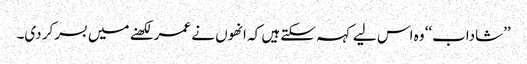
’’شاداب‘‘ وہ اس لیے کہہ سکتے ہیں کہ انھوں نے عمر لکھنے میں بسرکر دی۔